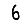
Digit: 6